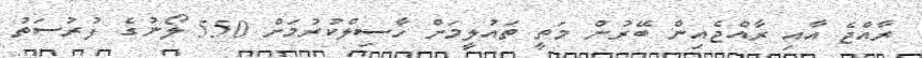
ރާއްޖެ އާއި ރާއްޖެއިން ބޭރުން މަތީ ތައުލީމަށް ހާސިލްކުރުމަށް 550 ލޯނުގެ ފުރުސަތު